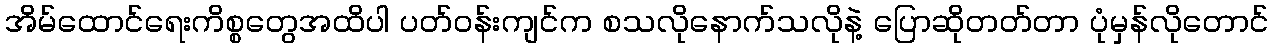
အိမ်ထောင်ရေးကိစ္စတွေအထိပါ ပတ်ဝန်းကျင်က စသလိုနောက်သလိုနဲ့ ပြောဆိုတတ်တာ ပုံမှန်လိုတောင်